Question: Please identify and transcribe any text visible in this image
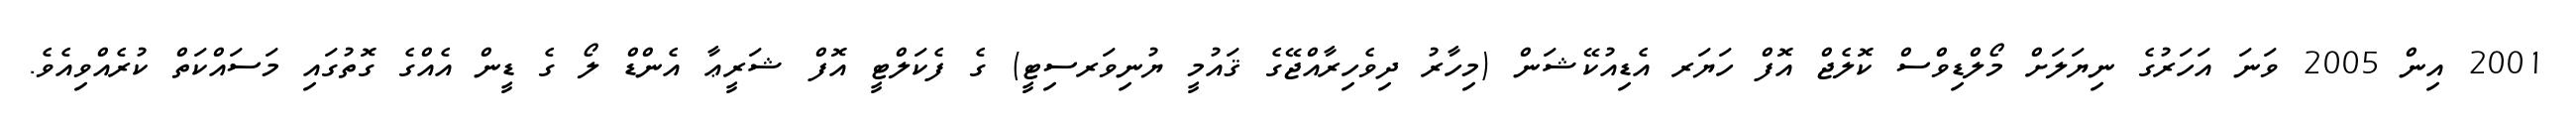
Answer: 2001 އިން 2005 ވަނަ އަހަރުގެ ނިޔަލަށް މޯލްޑިވްސް ކޮލެޖް އޮފް ހަޔަރ އެޑިއުކޭޝަން (މިހާރު ދިވެހިރާއްޖޭގެ ޤައުމީ ޔުނިވަރސިޓީ) ގެ ފެކަލްޓީ އޮފް ޝަރީޢާ އެންޑް ލޯ ގެ ޑީން އެއްގެ ގޮތުގައި މަސައްކަތް ކުރެއްވިއެވެ.